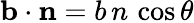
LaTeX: \mathbf{b}\cdot\mathbf{n}=b\, n\, \cos\theta